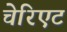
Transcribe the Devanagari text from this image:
चेरिएट